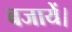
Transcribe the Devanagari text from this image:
बजायें।